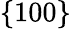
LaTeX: \{ 100\}